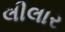
લીલાર